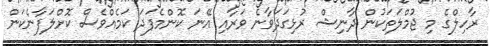
ރާހިލްގެ މި ޖުމްލަތަކުން ދާނިޝް ރުޅިގަދަވާނެ ވަރާއި އޭނަ ކޮންމެފަދަ ކަމެއްވެސް ކޮށްލަފާނެކަން